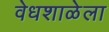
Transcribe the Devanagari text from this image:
वेधशाळेला